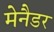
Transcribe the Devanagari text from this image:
मेनैडर